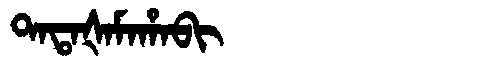
Manchu: ᡨᠠᡨᠠᡧᠠᠮᠠᡥᠠᠪᡳ
Romanization: TATAŠAMAHABI